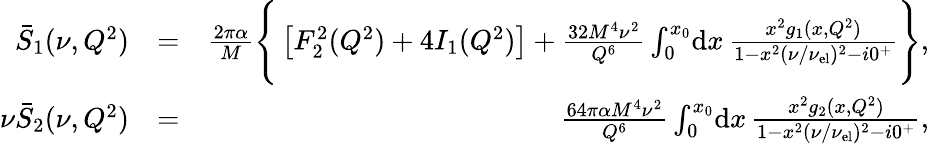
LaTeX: \begin{array}{rlr}{\bar{S}_{1}(\nu,Q^{2})}&{=}&{\frac{2\pi\alpha}{M}\Bigg\{ \left[F_{2}^{2}(Q^{2})+4I_{1}(Q^{2})\right]+\frac{32M^{4}\nu^{2}}{Q^{6}}\int_{0}^{x_{0}}\! \mathrm{d}x\, \frac{x^{2}g_{1}(x,Q^{2})}{1-x^{2}(\nu/\nu_{\mathrm{el}})^{2}-i0^{+}}\Bigg\} ,}\\ {\nu\bar{S}_{2}(\nu,Q^{2})}&{=}&{\frac{64\pi\alpha M^{4}\nu^{2}}{Q^{6}}\int_{0}^{x_{0}}\! \mathrm{d}x\, \frac{x^{2}g_{2}(x,Q^{2})}{1-x^{2}(\nu/\nu_{\mathrm{el}})^{2}-i0^{+}},}\end{array}